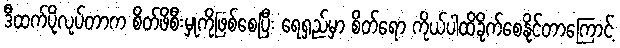
ဒီထက်ပိုလုပ်တာက စိတ်ဖိစီးမှုကိုဖြစ်စေပြီး ရေရှည်မှာ စိတ်ရော ကိုယ်ပါထိခိုက်စေနိုင်တာကြောင့်